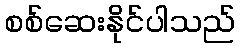
စစ်ဆေးနိုင်ပါသည်